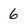
Character: 6